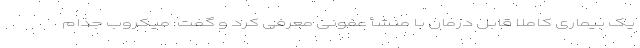
یک بیماری کاملا قابل درمان با منشأ عفونی معرفی کرد و گفت: میکروب جذام